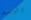
رئيسه